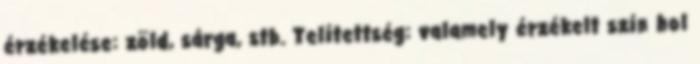
érzékelése: zöld, sárga, stb. Telítettség: valamely érzékelt szín hol